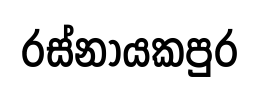
රස්නායකපුර